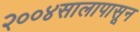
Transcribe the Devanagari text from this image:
२००४सालापासून